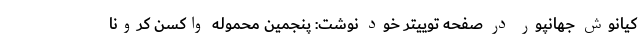
کیانوش جهانپور در صفحه توییتر خود نوشت: پنجمین محموله واکسن کرونا